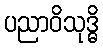
ပညာဝိသုဒ္ဓိ